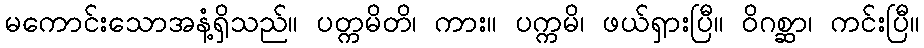
မကောင်းသောအနံ့ရှိသည်။ ပတ္ကမိတိ၊ ကား။ ပက္ကမိ၊ ဖယ်ရှားပြီ။ ဝိဂစ္ဆာ၊ ကင်းပြီ။